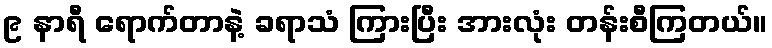
၉ နာရီ ရောက်တာနဲ့ ခရာသံ ကြားပြီး အားလုံး တန်းစီကြတယ်။